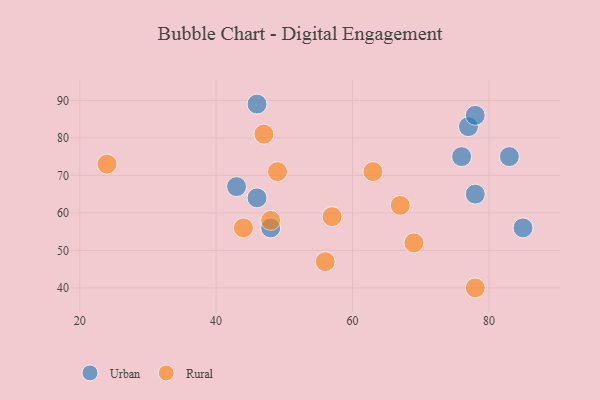
{"axis": {"x": "GDP", "y": "Life Expectancy"}, "legend": ["Rural", "Urban"], "data": [{"x": "85", "y": 56, "type": "Urban"}, {"x": "77", "y": 83, "type": "Urban"}, {"x": "46", "y": 89, "type": "Urban"}, {"x": "78", "y": 86, "type": "Urban"}, {"x": "78", "y": 65, "type": "Urban"}, {"x": "46", "y": 64, "type": "Urban"}, {"x": "48", "y": 56, "type": "Urban"}, {"x": "76", "y": 75, "type": "Urban"}, {"x": "83", "y": 75, "type": "Urban"}, {"x": "43", "y": 67, "type": "Urban"}, {"x": "78", "y": 40, "type": "Rural"}, {"x": "44", "y": 56, "type": "Rural"}, {"x": "48", "y": 58, "type": "Rural"}, {"x": "24", "y": 73, "type": "Rural"}, {"x": "47", "y": 81, "type": "Rural"}, {"x": "67", "y": 62, "type": "Rural"}, {"x": "63", "y": 71, "type": "Rural"}, {"x": "69", "y": 52, "type": "Rural"}, {"x": "49", "y": 71, "type": "Rural"}, {"x": "57", "y": 59, "type": "Rural"}, {"x": "56", "y": 47, "type": "Rural"}]}